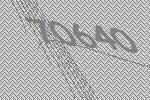
70640